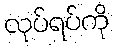
လုပ်ရပ်ကို